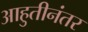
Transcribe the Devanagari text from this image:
आहुतीनंतर